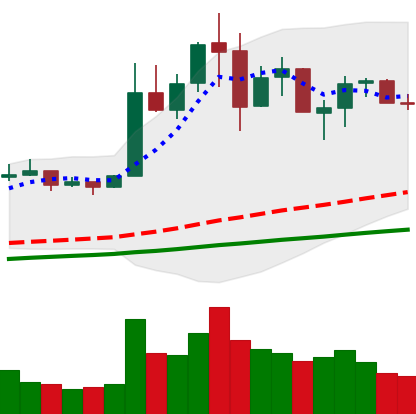
Ticker: NEO-USD
Chart end date: 2019-07-05
Forward return: -4.837%
Label: down_3_5